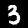
Label: 3